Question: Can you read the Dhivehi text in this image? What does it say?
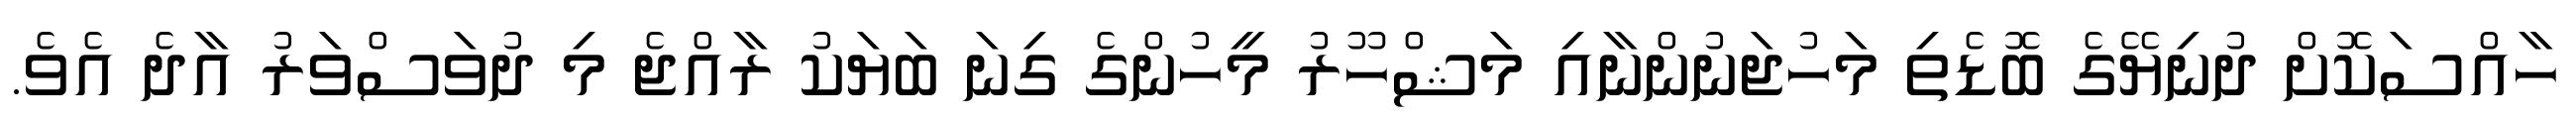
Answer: ހާއްސަކޮށް ދުނިޔޭގެ ބޮޑެތި މަހުޖަނުންނާއި މަޝްހޫރު މީހުންގެ ގިނަ ބަޔަކު ރާއްޖެ މި ދުވަސްވަރު އާދެ އެވެ.